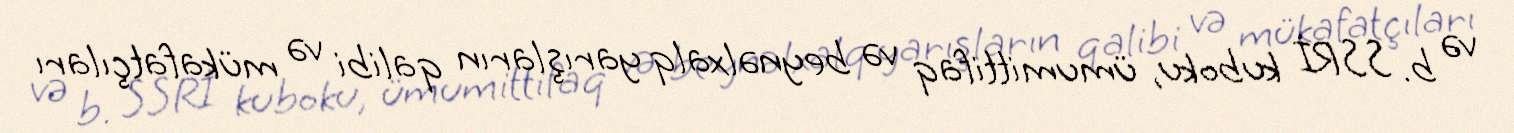
və b. SSRİ kuboku, ümumittifaq və beynəlxalq yarışların qalibi və mükafatçıları